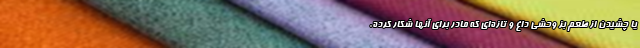
یا چشیدن از طعم بز وحشی داغ و تازه‌ای که مادر برای آنها شکار کرده.